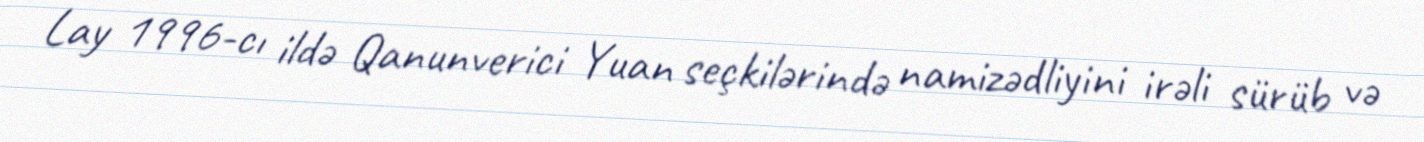
Lay 1996-cı ildə Qanunverici Yuan seçkilərində namizədliyini irəli sürüb və